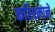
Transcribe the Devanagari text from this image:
करिश्माने